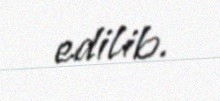
edilib.